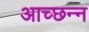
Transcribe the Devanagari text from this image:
आच्छन्‍न